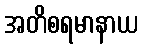
အတိစရမာနာယ